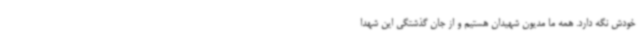
خودش نگه دارد. همه ما مدیون شهیدان هستیم و از جان گذشتگی این شهدا